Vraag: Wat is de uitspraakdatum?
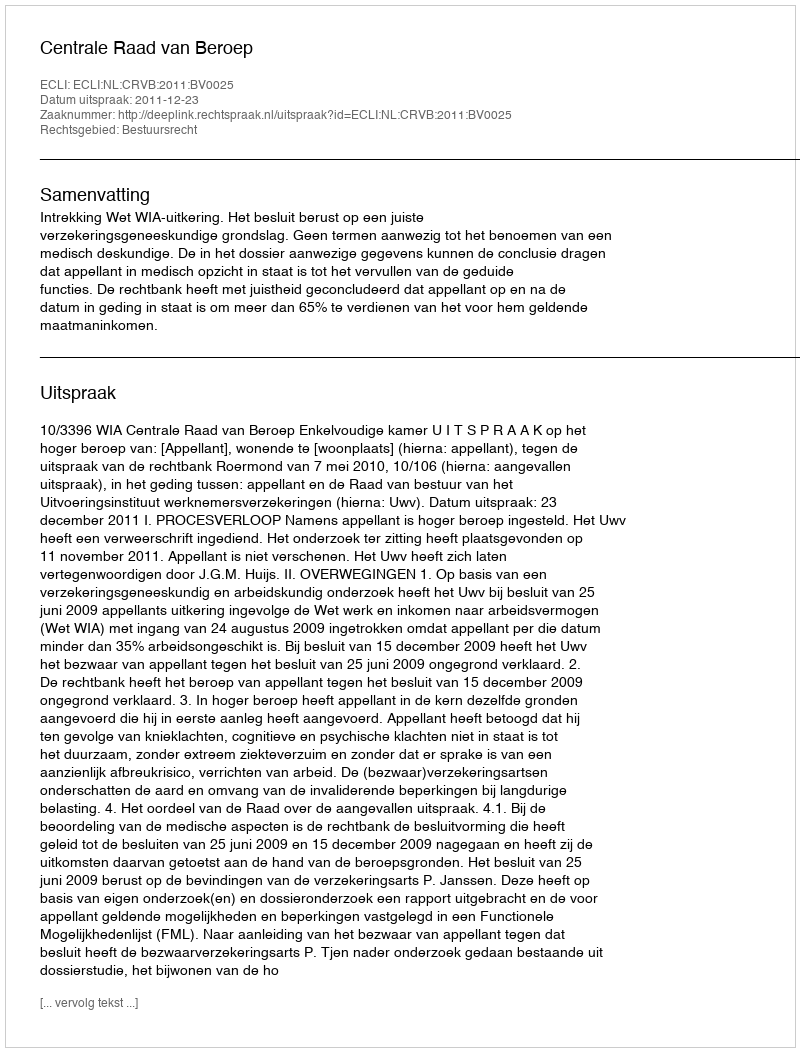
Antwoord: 2011-12-23